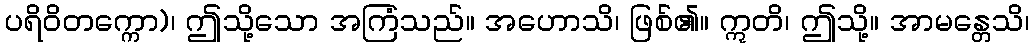
ပရိဝိတက္ကော)၊ ဤသို့သော အကြံသည်။ အဟောသိ၊ ဖြစ်၏။ ဣတိ၊ ဤသို့။ အာမန္တေသိ၊